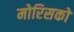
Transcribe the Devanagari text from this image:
मोरिसको